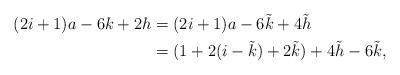
LaTeX: \begin{align*}(2i+1) a - 6 k + 2 h & = (2i+1) a - 6 \tilde{k} + 4 \tilde{h} \\& = (1 + 2 (i - \tilde{k}) + 2 \tilde{k}) + 4 \tilde{h} - 6 \tilde{k},\end{align*}